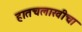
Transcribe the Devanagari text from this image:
हातचलाखीचा